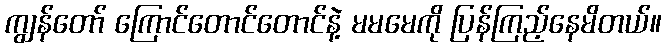
ကျွန်တော် ကြောင်တောင်တောင်နဲ့ မမမေကို ပြန်ကြည့်နေမိတယ်။